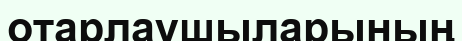
отарлаушыларының